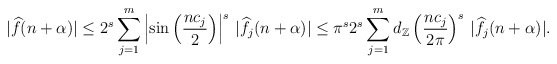
\begin{align*} |{\widehat f}(n+\alpha)|\le 2^s\sum_{j=1}^m\left|\sin \left(\frac{nc_j}{2}\right)\right|^s\, |{\widehat {f_j}}(n+\alpha)|\le \pi^s 2^s\sum_{j=1}^md_{\mathbb Z}\left( \frac{nc_j}{2\pi}\right)^s\, |{\widehat {f_j}}(n+\alpha)|.\end{align*}